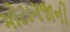
મોટાગજાની